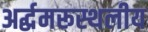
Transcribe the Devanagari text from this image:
अर्द्धमरूस्थलीय